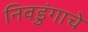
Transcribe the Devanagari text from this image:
निवडुंगाचे